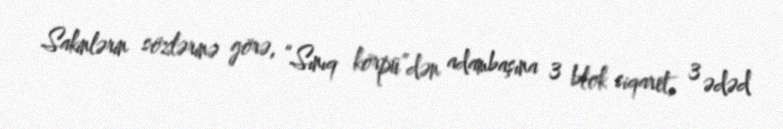
Sakinlərin sözlərinə görə, “Sınıq körpü”dən adambaşına 3 blok siqaret, 3 ədəd